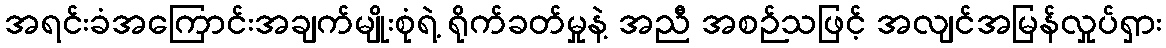
အရင်းခံအကြောင်းအချက်မျိုးစုံရဲ့ ရိုက်ခတ်မှုနဲ့ အညီ အစဉ်သဖြင့် အလျင်အမြန်လှုပ်ရှား